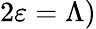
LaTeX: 2\varepsilon=\Lambda)